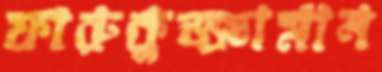
ফারুকুজ্জামান